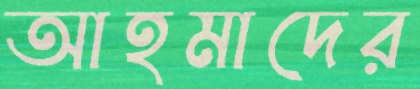
আহমাদের